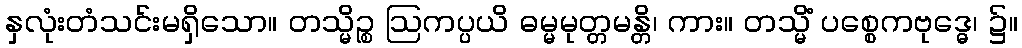
နှလုံးတံသင်းမရှိသော။ တသ္မိဉ္စ ဩကပ္ပယိ ဓမ္မမုတ္တမန္တိ၊ ကား။ တသ္မိံ ပစ္စေကဗုဒ္ဓေ၊ ၌။